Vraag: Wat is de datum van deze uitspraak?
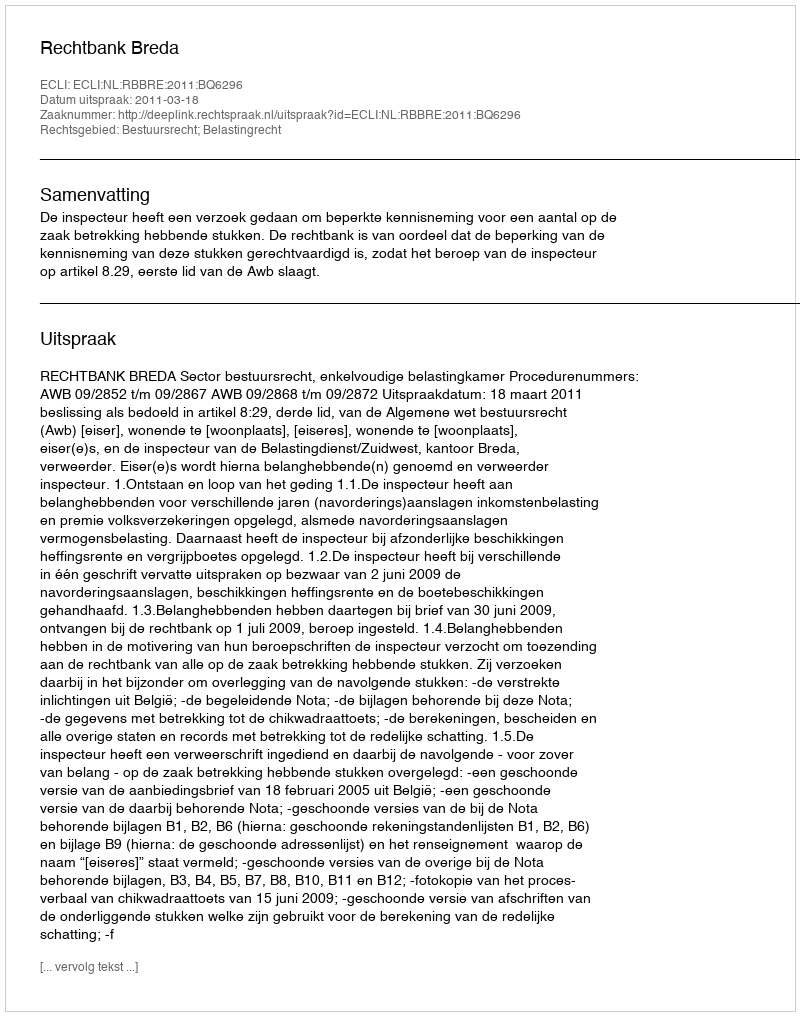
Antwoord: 2011-03-18